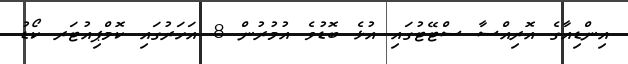
އިންޑިއާގެ އޮރިއްސާ ސްޓޭޓުގައި އުޅެ ބޮޑުވެ އުމުރުން 8 އަހަރުގައި ކޮމްޕިއުޓަރ ކޯޑު